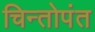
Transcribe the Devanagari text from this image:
चिन्तोपंत